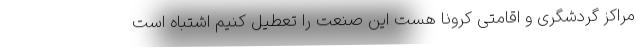
مراکز گردشگری و اقامتی کرونا هست این صنعت را تعطیل کنیم اشتباه است